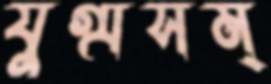
যুগ্মসম্